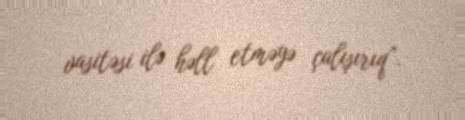
vasitəsi ilə həll etməyə çalışırıq”.